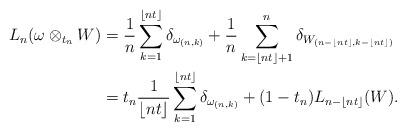
LaTeX: \begin{align*}L_n(\omega \otimes_{t_n} W) &= \frac{1}{n}\sum_{k=1}^{\lfloor nt \rfloor} \delta_{\omega_{(n,k)}} + \frac{1}{n}\sum_{k= \lfloor nt \rfloor + 1}^n\delta_{W_{(n - \lfloor nt \rfloor, k - \lfloor nt \rfloor)}} \\&= t_n\frac{1}{\lfloor nt \rfloor}\sum_{k=1}^{\lfloor nt\rfloor}\delta_{\omega_{(n,k)}} + (1-t_n)L_{n - \lfloor nt \rfloor}(W). \end{align*}